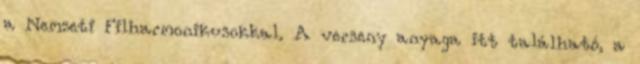
a Nemzeti Filharmonikusokkal. A verseny anyaga itt található, a